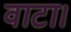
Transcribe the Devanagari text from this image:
वाटा।